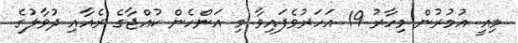
މިއީ އުމުރުން މިހާރު 19 އަހަރުވެފައިވާ މި އަންހެން ކުއްޖާގެ ރެއާއި ދުވާލުގެ